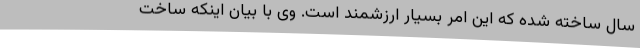
سال ساخته شده که این امر بسیار ارزشمند است. وی با بیان اینکه ساخت